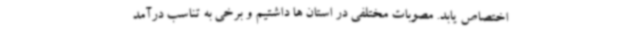
اختصاص یابد. مصوبات مختلفی در استان ها داشتیم و برخی به تناسب درآمد